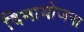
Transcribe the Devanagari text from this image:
विमायोजना